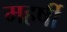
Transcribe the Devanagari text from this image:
महर्षी